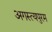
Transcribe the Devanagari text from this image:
अगस्त्यपुरम